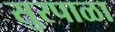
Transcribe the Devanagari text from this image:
सुरपाळा